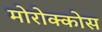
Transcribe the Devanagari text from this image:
मोरोक्कोस